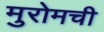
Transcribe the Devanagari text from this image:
मुरोमची